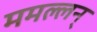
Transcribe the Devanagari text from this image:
ममल्लन्